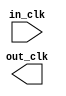
module clk_100 (
		input  wire  in_clk,  //  in_clk.clk
		output wire  out_clk  // out_clk.clk
	);
endmodule